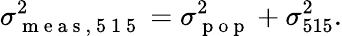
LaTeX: \sigma_{\mathrm{~m~e~a~s~,~5~1~5~}}^{2}=\sigma_{\mathrm{~p~o~p~}}^{2}+\sigma_{515}^{2}.